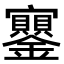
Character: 𡬔